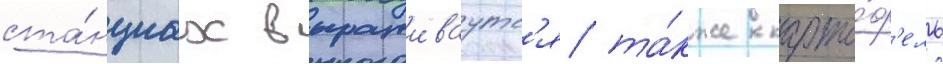
ста́нциах выращиваутс'я та́кже карто́ф'ель